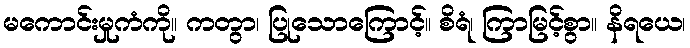
မကောင်းမှုကံကို။ ကတွာ၊ ပြုသောကြောင့်။ စိရံ၊ ကြာမြင့်စွာ။ နိရယေ၊